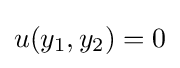
u(y_{1},y_{2})=0